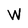
Character: W